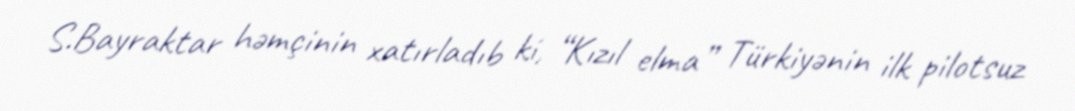
S.Bayraktar həmçinin xatırladıb ki, “Kızıl elma” Türkiyənin ilk pilotsuz